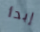
إبدأ